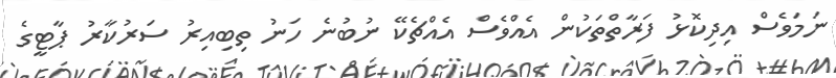
ނަމަވެސް އިދިކޮޅު ފަރާތްތަކުން އެއްވެސް އެއްޗެކޭ ނުބުނެ ހަނު ތިބިއިރު ސަރުކާރު ޕާޓީގެ